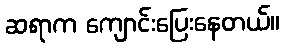
ဆရာက ကျောင်းပြေးနေတယ်။